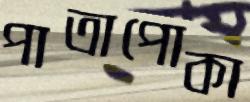
পাতাপোকা